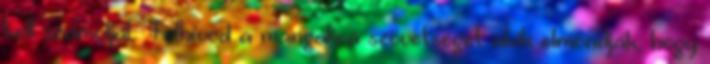
kell számoljál. Felhívod a mangalica szövetséget akik elmondják, hogy